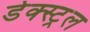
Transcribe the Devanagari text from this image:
डेक्स्ट्रल